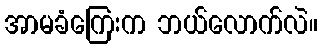
အာမခံကြေးက ဘယ်လောက်လဲ။